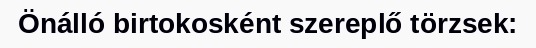
Önálló birtokosként szereplő törzsek: